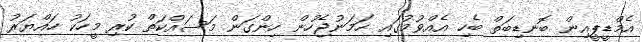
އެމްޑީޕީއިން ބޮނޑިބަތް ބެހި އެއްވުމުގައި ހަމަނުޖެހުން ހިންގަން މަސައްކަތް ކުރި މީހަކު ހައްޔަރު